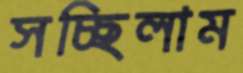
সচ্ছিলাম